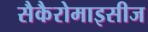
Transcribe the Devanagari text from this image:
सैकैरोमाइसीज